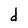
Character: d